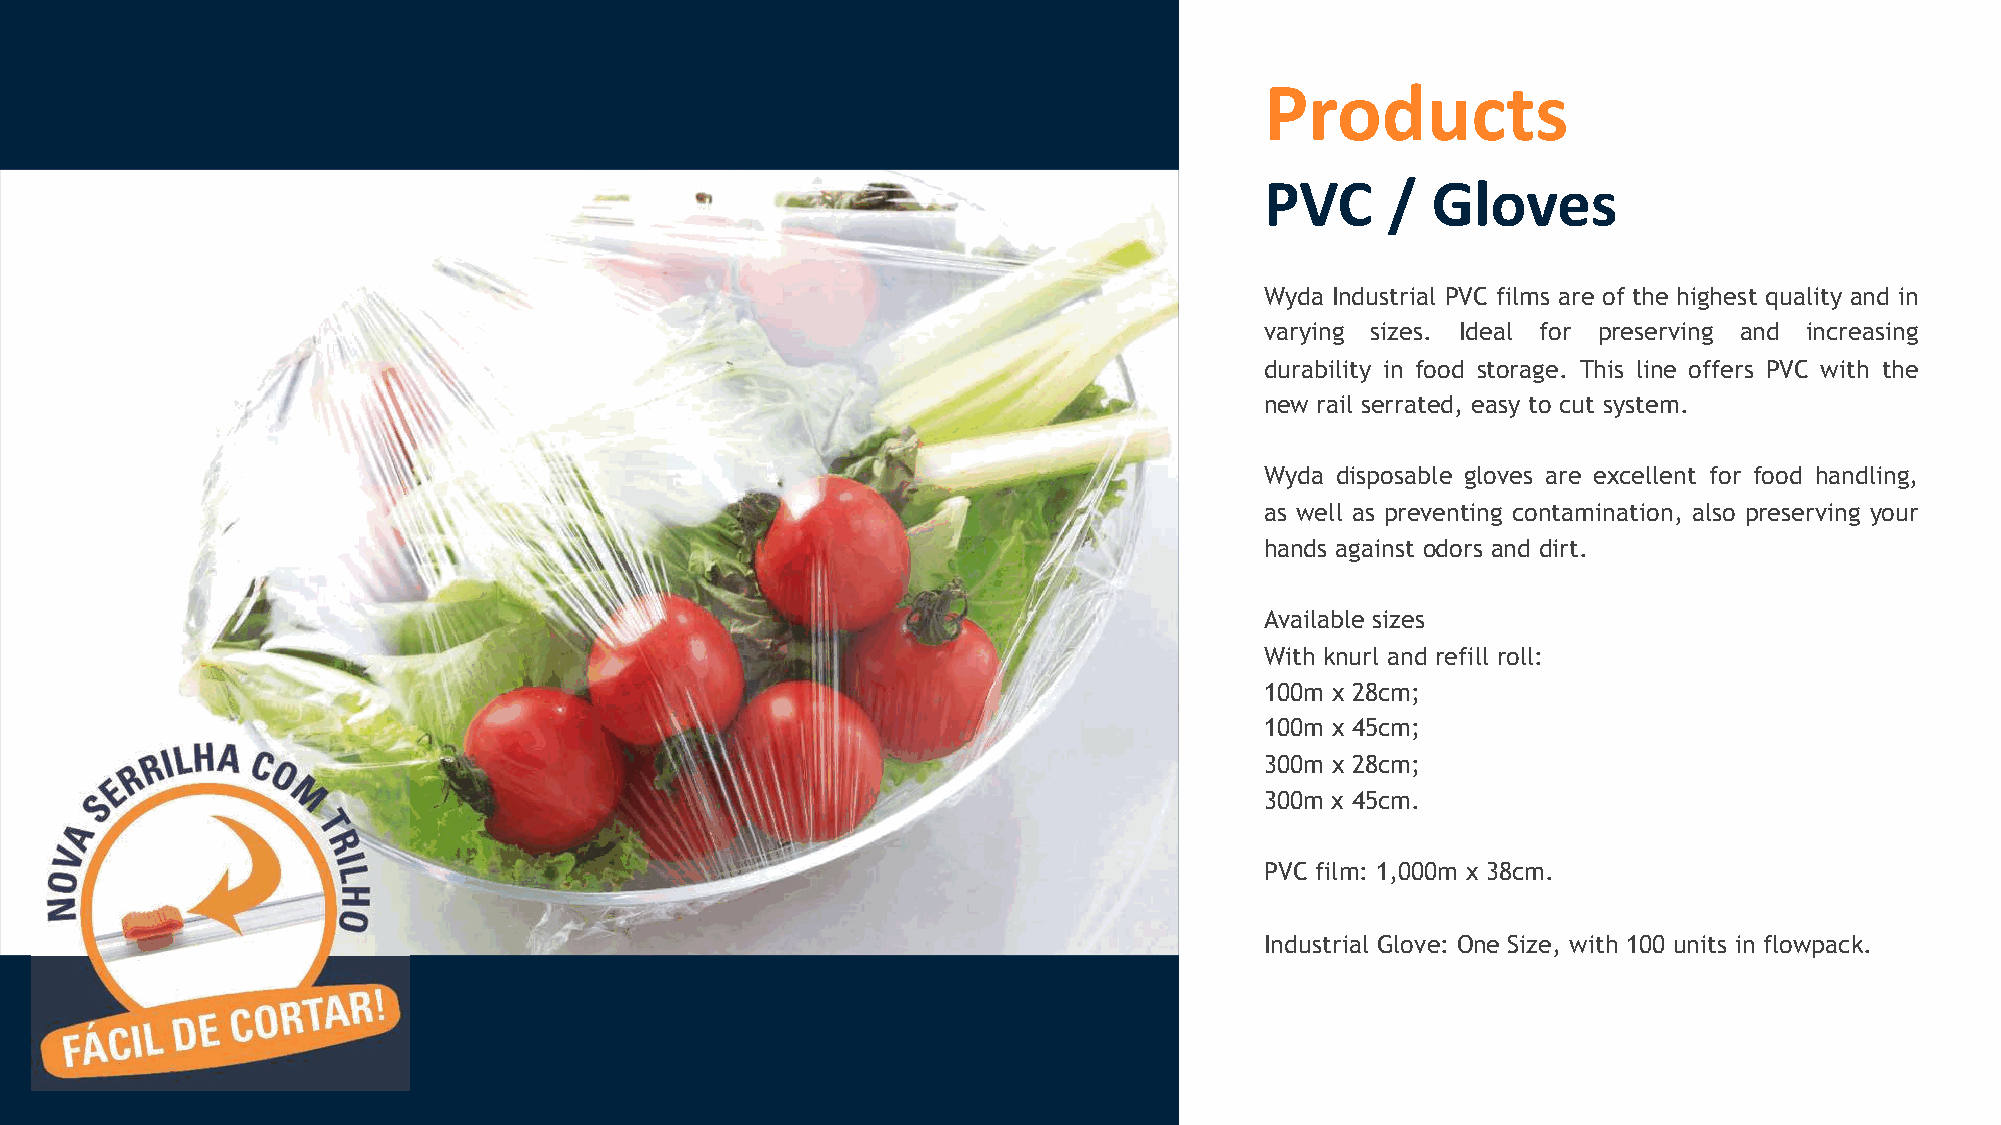
!"#$%&'(
 !)*+,+-.#/0(
 Wyda Industrial PVC films are of the highest quality and in
 varying sizes. Ideal for preserving and increasing
 durability in food storage. This line offers PVC with the
 new rail serrated, easy to cut system.
 Wyda disposable gloves are excellent for food handling,
 as well as preventing contamination, also preserving your
 hands against odors and dirt.
 Available sizes
 With knurl and refill roll:
 100m x 28cm;
 100m x 45cm;
 300m x 28cm;
 300m x 45cm.
 PVC film: 1,000m x 38cm.
 Industrial Glove: One Size, with 100 units in flowpack.